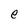
Character: e